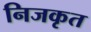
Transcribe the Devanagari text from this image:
निजकृत